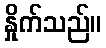
နှိုက်သည်။